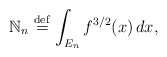
\begin{align*}{\Bbb N}_{n}\stackrel{\rm def}{=}\int_{E_{n}}f^{3/2}(x)\,dx, \end{align*}